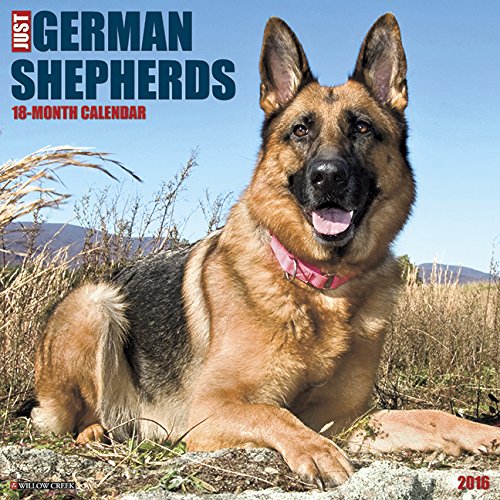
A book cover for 2016 Just German Shepherds Wall Calendar; Willow Creek Press; Calendars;